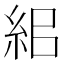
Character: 𥿓